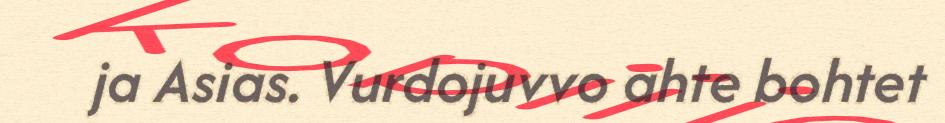
ja Asias. Vurdojuvvo ahte bohtet